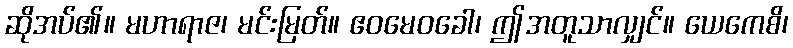
ဆိုအပ်၏။ မဟာရာဇ၊ မင်းမြတ်။ ဧဝမေဝခေါ၊ ဤအတူသာလျှင်။ ယေကေစိ၊